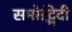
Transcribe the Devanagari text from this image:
समोद्भिदी